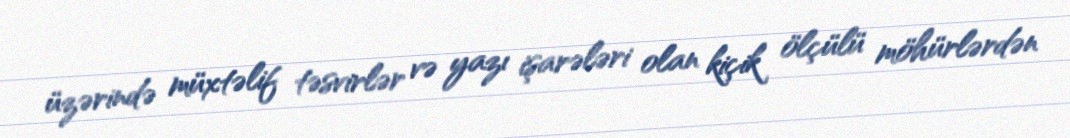
üzərində müxtəlif təsvirlər və yazı işarələri olan kiçik ölçülü möhürlərdən